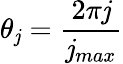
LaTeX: \theta_{\mathit{j}}=\frac{{2\pi\mathit{j}}}{{\mathit{j}_{max}}}